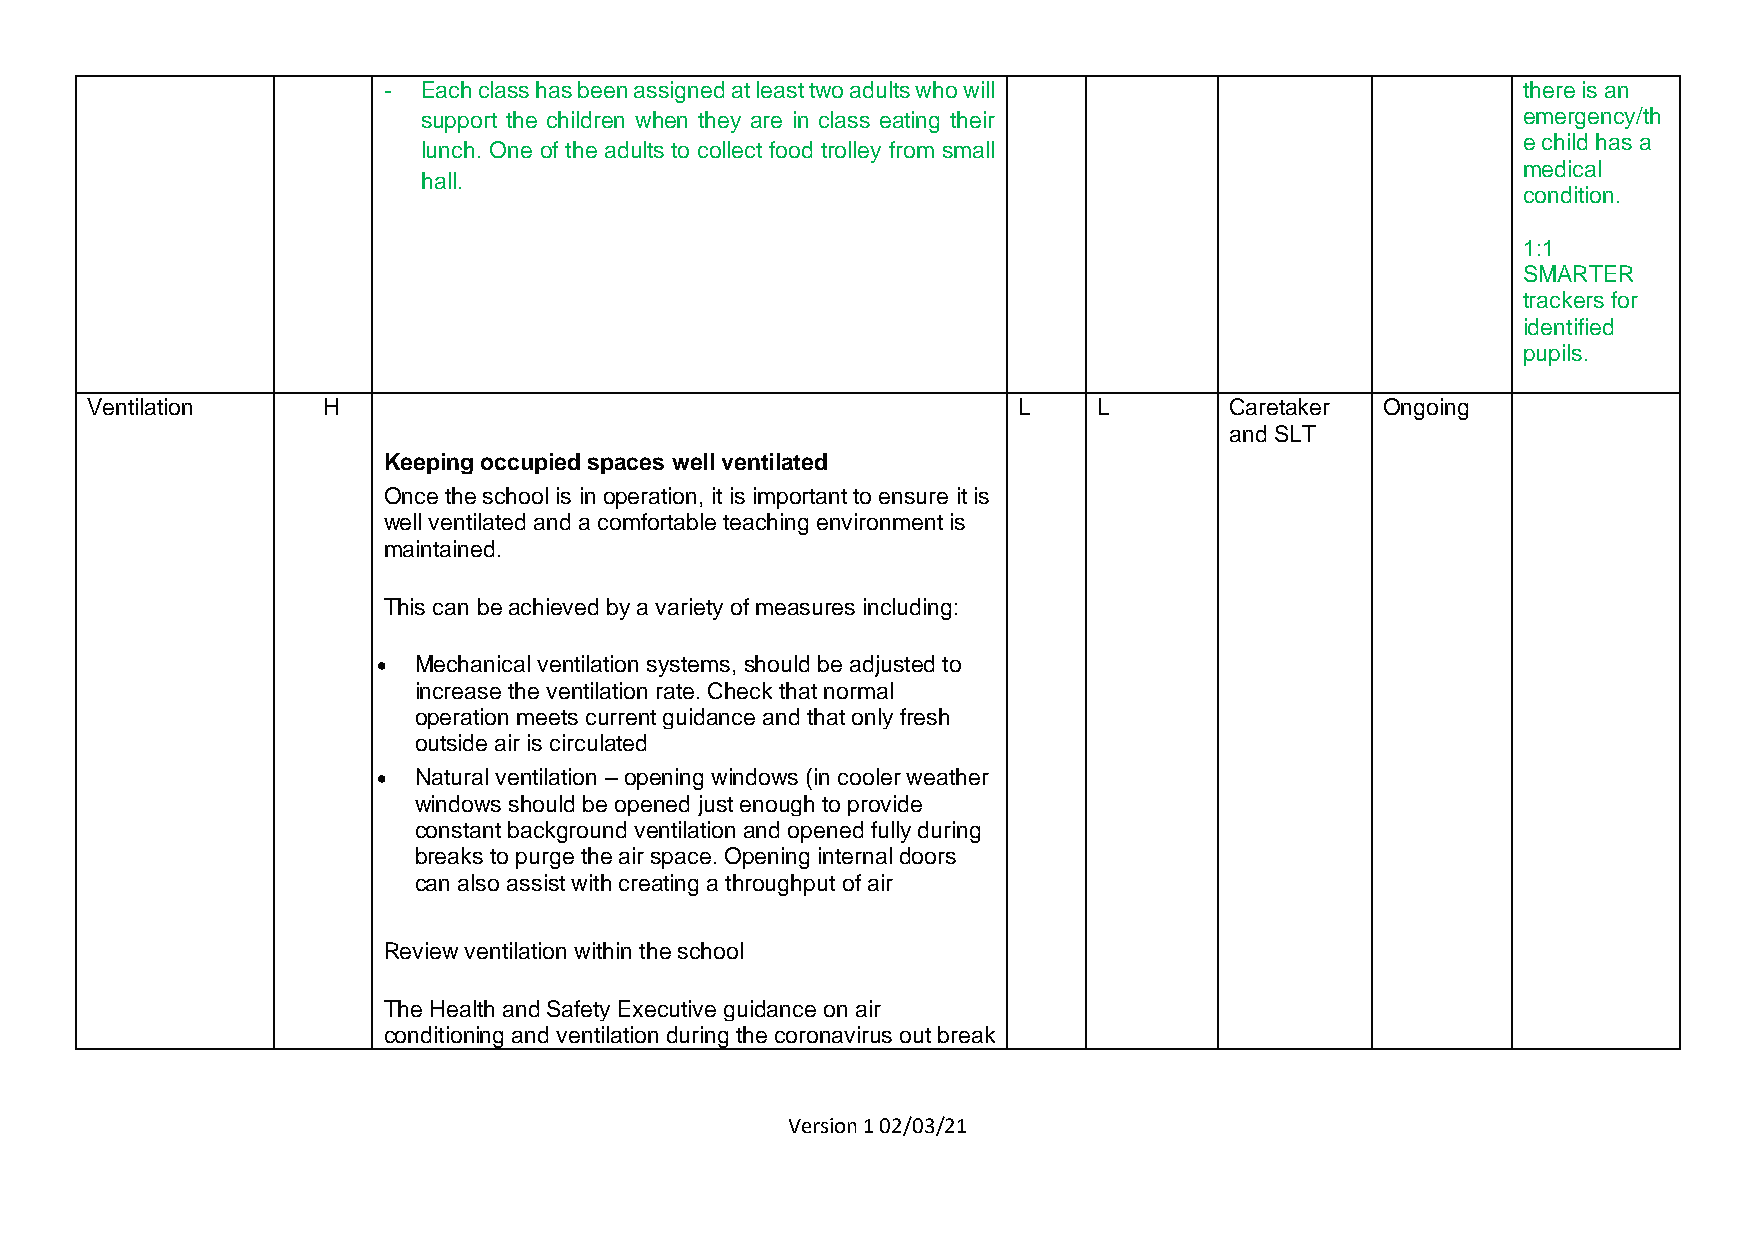
-  Each class has been assigned at least two adults who will                there is an
 support the children when they are in class eating their                 emergency/th
 e child has a
 lunch. One of the adults to collect food trolley from small
 medical
 hall.
 condition.
 1:1
 SMARTER
 trackers for
 identified
 pupils.
 Ventilation    H                                             L     L       Caretaker Ongoing
 and SLT
 Keeping occupied spaces well ventilated
 Once the school is in operation, it is important to ensure it is
 well ventilated and a comfortable teaching environment is
 maintained.
 This can be achieved by a variety of measures including:
 • Mechanical ventilation systems, should be adjusted to
 increase the ventilation rate. Check that normal
 operation meets current guidance and that only fresh
 outside air is circulated
 • Natural ventilation – opening windows (in cooler weather
 windows should be opened just enough to provide
 constant background ventilation and opened fully during
 breaks to purge the air space. Opening internal doors
 can also assist with creating a throughput of air
 Review ventilation within the school
 The Health and Safety Executive guidance on air
 conditioning and ventilation during the coronavirus out break
 Version 1 02/03/21